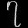
Digit: ၇